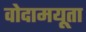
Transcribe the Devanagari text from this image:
वोदामयूता